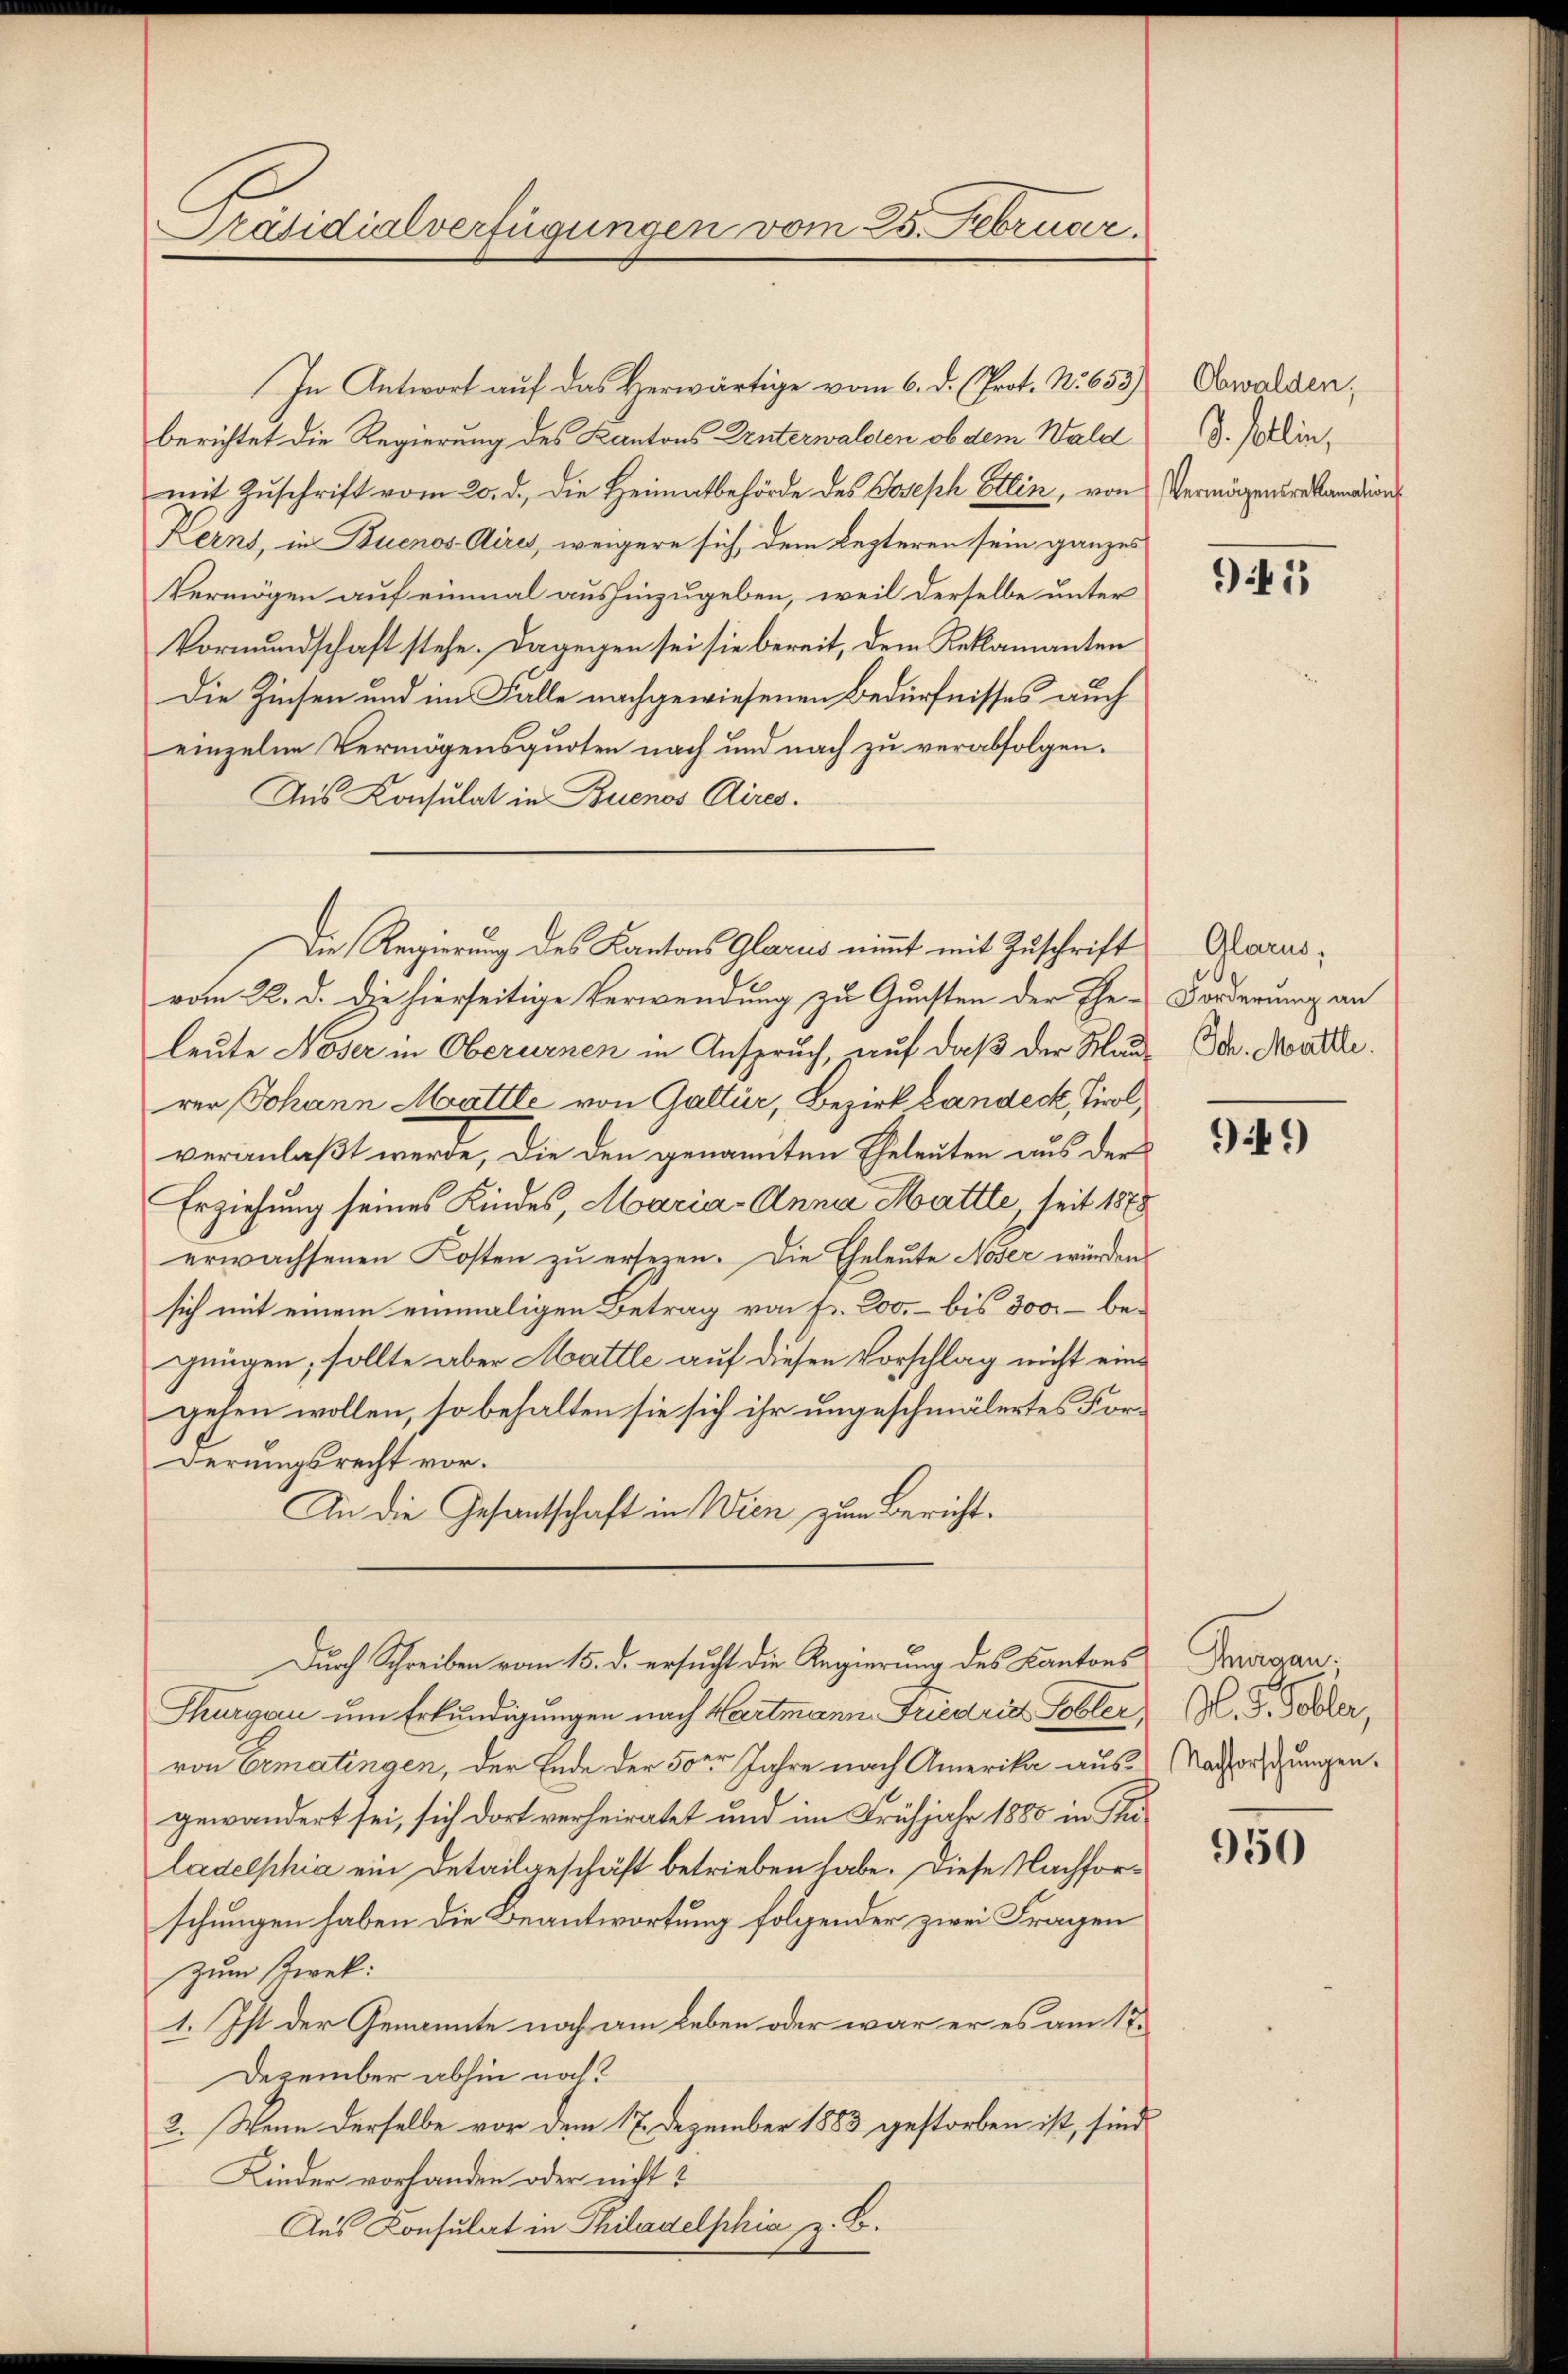
Präsidialverfügungen vom 25. Februar.

In Antwort auf das Herwärtige vom 6. d. (Prot. N. 653)
berichtet die Regierung des Kantons Unterwalden ob dem Wald
mit Zuschrift vom 20. d. die Heimatbehörde des Joseph Hein, von Vermögenskanations
Kerns, in Buenos Aires, weigere sich, dem lezteren sein ganzes
Vermögen auf einmal aushinzugeben, weil derselbe unter
Vormundschaft stehe. Dagegen sei sie bereit, dem Reklamanten
Die Zinsen und im Falle nachgewiesenen Bedürfnisses auch
einzelne Vermögensquoten nach und nach zu verabfolgen.
Aus Konsulat in Buenos Aires.
vom 22. d. die hierseitige Verwendung zu Gunsten der Ehe Forderung an
leute Noser in Oberurnen in Anspruch, auf daß der Maurer Johann Mattle von Galler, Bezirk Landeck, Tirol,
veranlaßt werde, die den genannten Eheleuten aus der
Erziehung seines Kindes, Maria - Anna Mattle, seit 1878
erwachsenen Kosten zu ersezen. Die Eheleute Noser würden
sich mit einem einmaligen Betrag von fr. 200.- bis 300. – begungen; sollte aber Mattle auf diesen Vorschlag nicht eingehen wollen, so behalten sie sich ihr ungeschmälertes Forderungsrecht vor.
An die Gesantschaft in Wien zum Bericht.
Durch Schreiben vom 15. d. ersucht die Regierung des Kantons Tragan
Thurgau um Erkundigungen nach Hartmann Friedrig Tobler,
von Ermatingen, der Ende der 50er Jahre nach Amerika ausgewändert sei, sich dort verheiratet und im Frühjahr 1880 in Stuladelphia ein Detailgeschäft betrieben habe. Diese Nachforschungen haben die Beantwortung folgender zwei Fragen
zum Zwek:
1. Ist der Genannte noch am Leben oder war er es am 17.
Dezember abhin noch?
2. Wenn derselbe vor dem 17. Dezember 1883 gestorben ist, sind
Kinder vorhanden oder nicht?
Aus Konsulat in Philadelphia z. B.

Die Regierung des Kantons Glarus nimmt mit Zuschrift

Obwalden,
S. tlin,

941

Glarus,
Ich. Mattle.

949)

M. D. Tobler,
Nachforschungen.

950